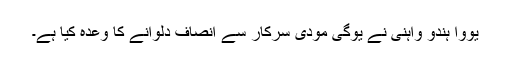
یووا ہندو واہنی نے یوگی مودی سرکار سے انصاف دلوانے کا وعدہ کیا ہے۔